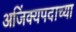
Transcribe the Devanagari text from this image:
अजिंक्यपदाच्या